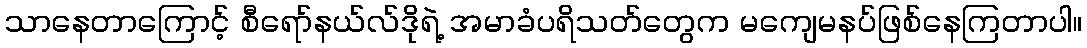
သာနေတာကြောင့် စီရော်နယ်လ်ဒိုရဲ့ အမာခံပရိသတ်တွေက မကျေမနပ်ဖြစ်နေကြတာပါ။